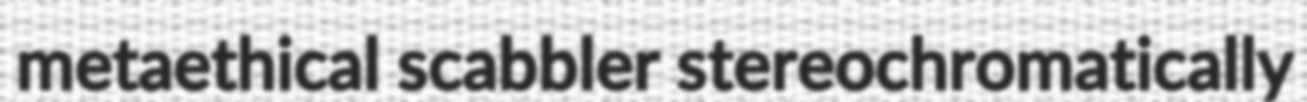
metaethical scabbler stereochromatically